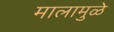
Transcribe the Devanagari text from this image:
मालामुळे